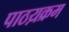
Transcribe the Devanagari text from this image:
पाठय़क्रम